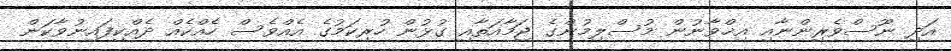
އަދި ނޫސްވެރިންނާއި އިޚްވާނުން މުސްލިމުންގެ ޖަމާއަތާއި ގުޅުން ހުރިކަމުގެ އެއްވެސް ހެއްކެއް ދެއްކިފައިނުވާކަން